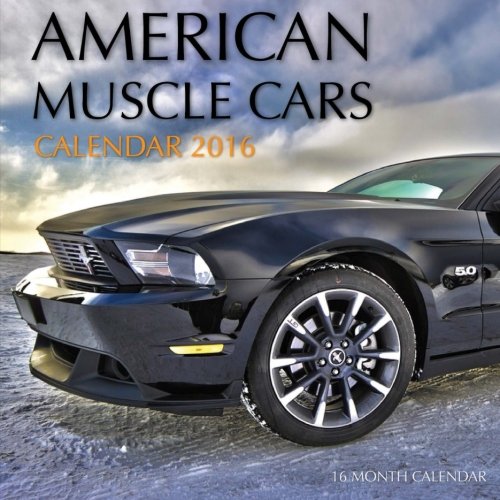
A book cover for American Muscle Cars Calendar 2016: 16 Month Calendar; Jack Smith; Calendars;